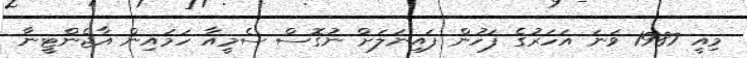
މިއީ 1987 ވަނަ އަހަރުގެ ފަހުން ފައިނަލަށް ނުގޮސް ސެމީއާ ހަމައިން އާޖެންޓީނާ